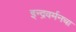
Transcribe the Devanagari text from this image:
इन्द्रवर्मनचा